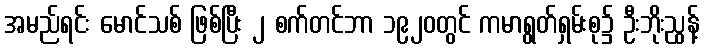
အမည်ရင်း မောင်သစ် ဖြစ်ပြီး ၂ စက်တင်ဘာ ၁၉၂၀တွင် ကမာရွတ်ရှမ်းစု၌ ဦးဘိုးညွန့်